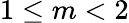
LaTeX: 1\leq m<2